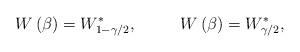
LaTeX: \begin{align*}W\left(\beta \right)=W^*_{1-\gamma /2},\ \ \ \ \ \ \ \ W\left(\beta \right)=W^*_{\gamma /2},\end{align*}